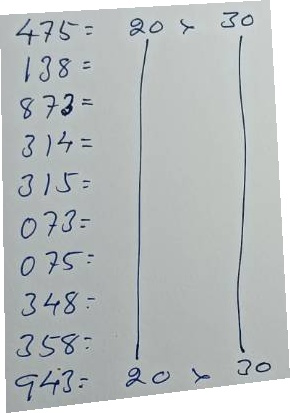
475 = 20 x 30
138 = 20 x 30
873 = 20 x 30
314 = 20 x 30
315 = 20 x 30
073 = 20 x 30
075 = 20 x 30
348 = 20 x 30
358 = 20 x 30
943 = 20 x 30